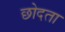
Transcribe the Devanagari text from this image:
छोदता